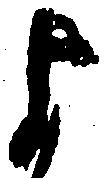
よ